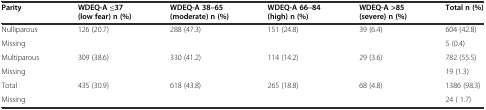
<table><thead><tr><td><b>Parity</b></td><td><b>WDEQ-A ≤37 (low fear) n (%)</b></td><td><b>WDEQ-A 38–65 (moderate) n (%)</b></td><td><b>WDEQ-A 66–84 (high) n (%)</b></td><td><b>WDEQ-A &gt;85 (severe) n (%)</b></td><td><b>Total n (%)</b></td></tr></thead><tbody><tr><td>Nulliparous</td><td rowspan="2">126 (20.7)</td><td rowspan="2">288 (47.3)</td><td rowspan="2">151 (24.8)</td><td rowspan="2">39 (6.4)</td><td>604 (42.8)</td></tr><tr><td>Missing</td><td>5 (0.4)</td></tr><tr><td>Multiparous</td><td rowspan="2">309 (38.6)</td><td rowspan="2">330 (41.2)</td><td rowspan="2">114 (14.2)</td><td rowspan="2">29 (3.6)</td><td>782 (55.5)</td></tr><tr><td>Missing</td><td>19 (1.3)</td></tr><tr><td>Total</td><td rowspan="2">435 (30.9)</td><td rowspan="2">618 (43.8)</td><td rowspan="2">265 (18.8)</td><td rowspan="2">68 (4.8)</td><td>1386 (98.3)</td></tr><tr><td>Missing</td><td>24 ( 1.7)</td></tr></tbody></table>